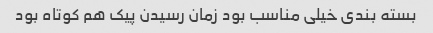
بسته بندی خیلی مناسب بود زمان رسیدن پیک هم کوتاه بود